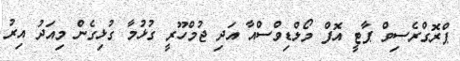
ޕްރޮގްރެސިވް ޕާޓީ އޮފް މޯލްޑިވްސްއާ އަދި ޖުމްހޫރީ ގުޅުމާ ގުޅިގެން މިއަދު އިރު